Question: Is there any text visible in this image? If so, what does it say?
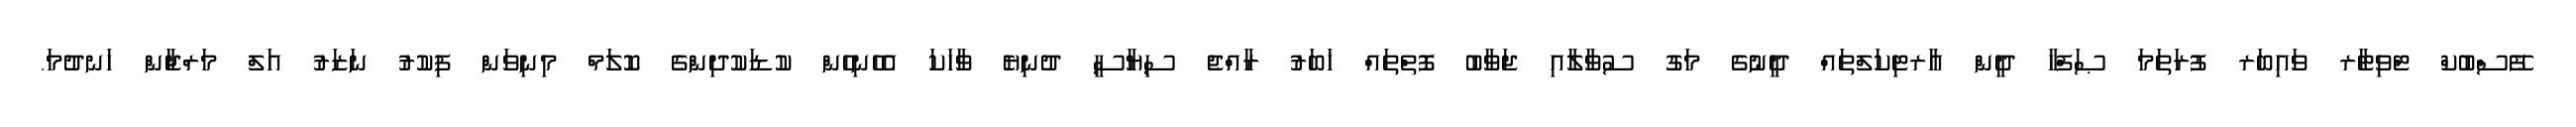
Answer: ފޭސްބުކް ޓްވިޓާރ ވައިބަރ ފުރަތަމަ ޞަފްހާ ދީން އާރޓިކަލްތައް ދީނުގެ މަގު ސުވާލާއި ޖަވާބު ފޮތްތައް ޚަބަރު ރާއްޖެ ސިޔާސީ ދުނިޔެ ވާހަކަ އެހެނިހެން ކުޑަކުދިންގެ ކޮލަމް މިނިވަން ފިކުރު ނަޒަރު އަލް މަރްޖާން ހަނދުމަ.